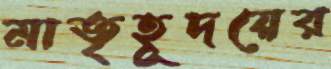
মাতৃহূদয়ের